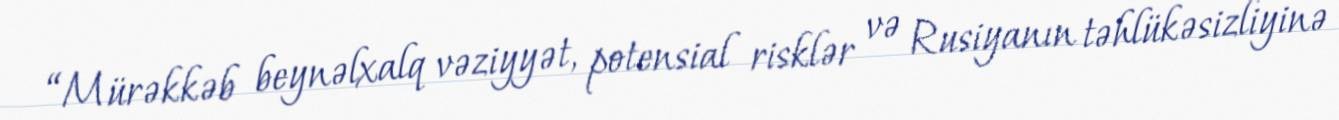
“Mürəkkəb beynəlxalq vəziyyət, potensial risklər və Rusiyanın təhlükəsizliyinə